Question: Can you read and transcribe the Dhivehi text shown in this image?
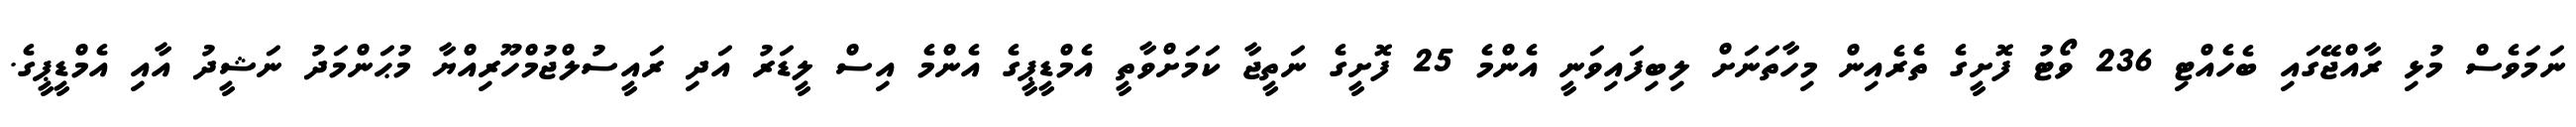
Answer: ނަމަވެސް މުޅި ރާއްޖޭގައި ބެހެއްޓި 236 ވޯޓު ފޮށީގެ ތެރެއިން މިހާތަނަށް ލިބިފައިވަނީ އެންމެ 25 ފޮށީގެ ނަތީޖާ ކަމަށްވާތީ އެމްޑީޕީގެ އެންމެ އިސް ލީޑަރު އަދި ރައީސުލްޖުމްހޫރިއްޔާ މުޙަންމަދު ނަޝީދު އާއި އެމްޑީޕީގެ.